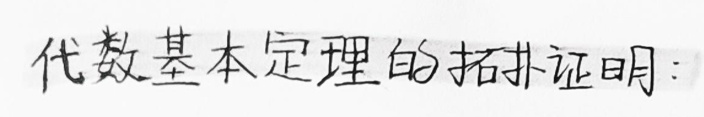
代数基本定理的拓扑证明：